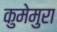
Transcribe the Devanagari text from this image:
कुमेमुरा